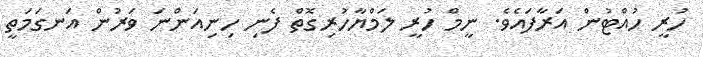
ހުރީީީ ހުއްޓުން އަރާފައެވެ. ނީމް ހުރީ ލަމްޔާހުރިގޮތް ފެނި ހިނިއަންނަ ވަރުން އަނގަމަތީ